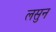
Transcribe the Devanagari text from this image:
लसुन